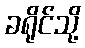
ခရိုင်သို့